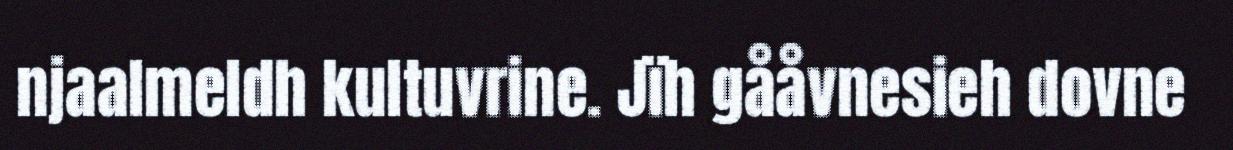
njaalmeldh kultuvrine. Jïh gååvnesieh dovne